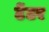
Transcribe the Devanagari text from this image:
टेंटर